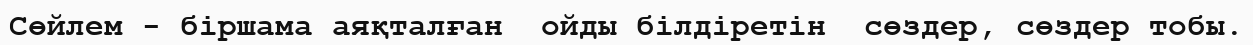
Сөйлем - біршама аяқталған  ойды білдіретін  сөздер, сөздер тобы.